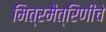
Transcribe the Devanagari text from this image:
मित्रमैत्रिणींचे